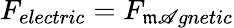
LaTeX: F_{electric}=F_{\mathfrak{m}\mathscr{A}gnetic}